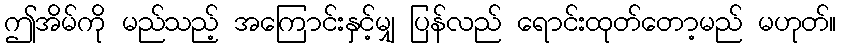
ဤအိမ်ကို မည်သည့် အကြောင်းနှင့်မျှ ပြန်လည် ရောင်းထုတ်တော့မည် မဟုတ်။